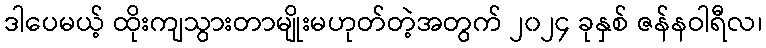
ဒါပေမယ့် ထိုးကျသွားတာမျိုးမဟုတ်တဲ့အတွက် ၂၀၂၄ ခုနှစ် ဇန်နဝါရီလ၊